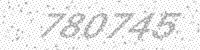
Solution: 780745